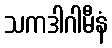
သကဒါဂါမီနံ